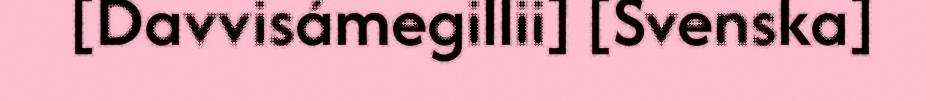
[Davvisámegillii] [Svenska]